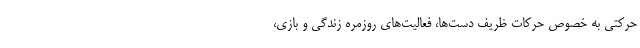
حرکتی به خصوص حرکات ظریف دست‌ها، فعالیت‌های روزمره زندگی و بازی،